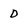
Character: D